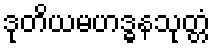
ဒုတိယမဟဒ္ဓနသုတ္တံ